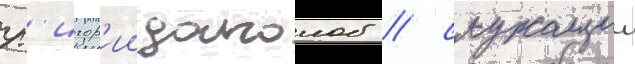
гр'игор'ии долголоб / служащии